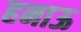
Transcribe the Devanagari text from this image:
हनाऊ